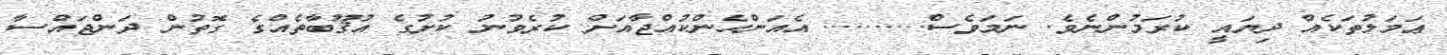
ޢަމަލުތަކެއް ދިޔައީ ކުރަމުންނެވެ. ނަމަވެސް.......... އެއަންހެންކުއްޖާއަށް ކުރެވުނު ކުށުގެ އުޤޫބާތެއްގެ ގޮތުން ދަންޖައްސާ